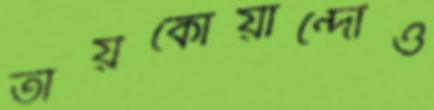
তায়কোয়ান্দোও